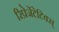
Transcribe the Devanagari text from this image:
रिप्रेजेंटेटिवस्